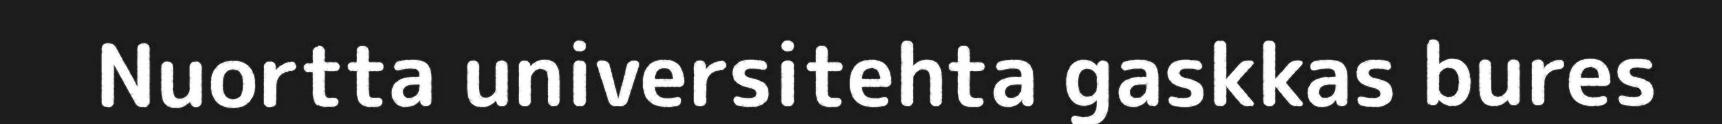
Nuortta universitehta gaskkas bures